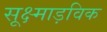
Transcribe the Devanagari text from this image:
सूक्ष्माड़विक